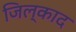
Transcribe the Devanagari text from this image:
जिल्काद